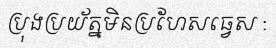
ប្រុងប្រយ័ត្នមិនប្រហែសធ្វេស :